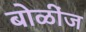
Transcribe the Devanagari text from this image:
बोळींज